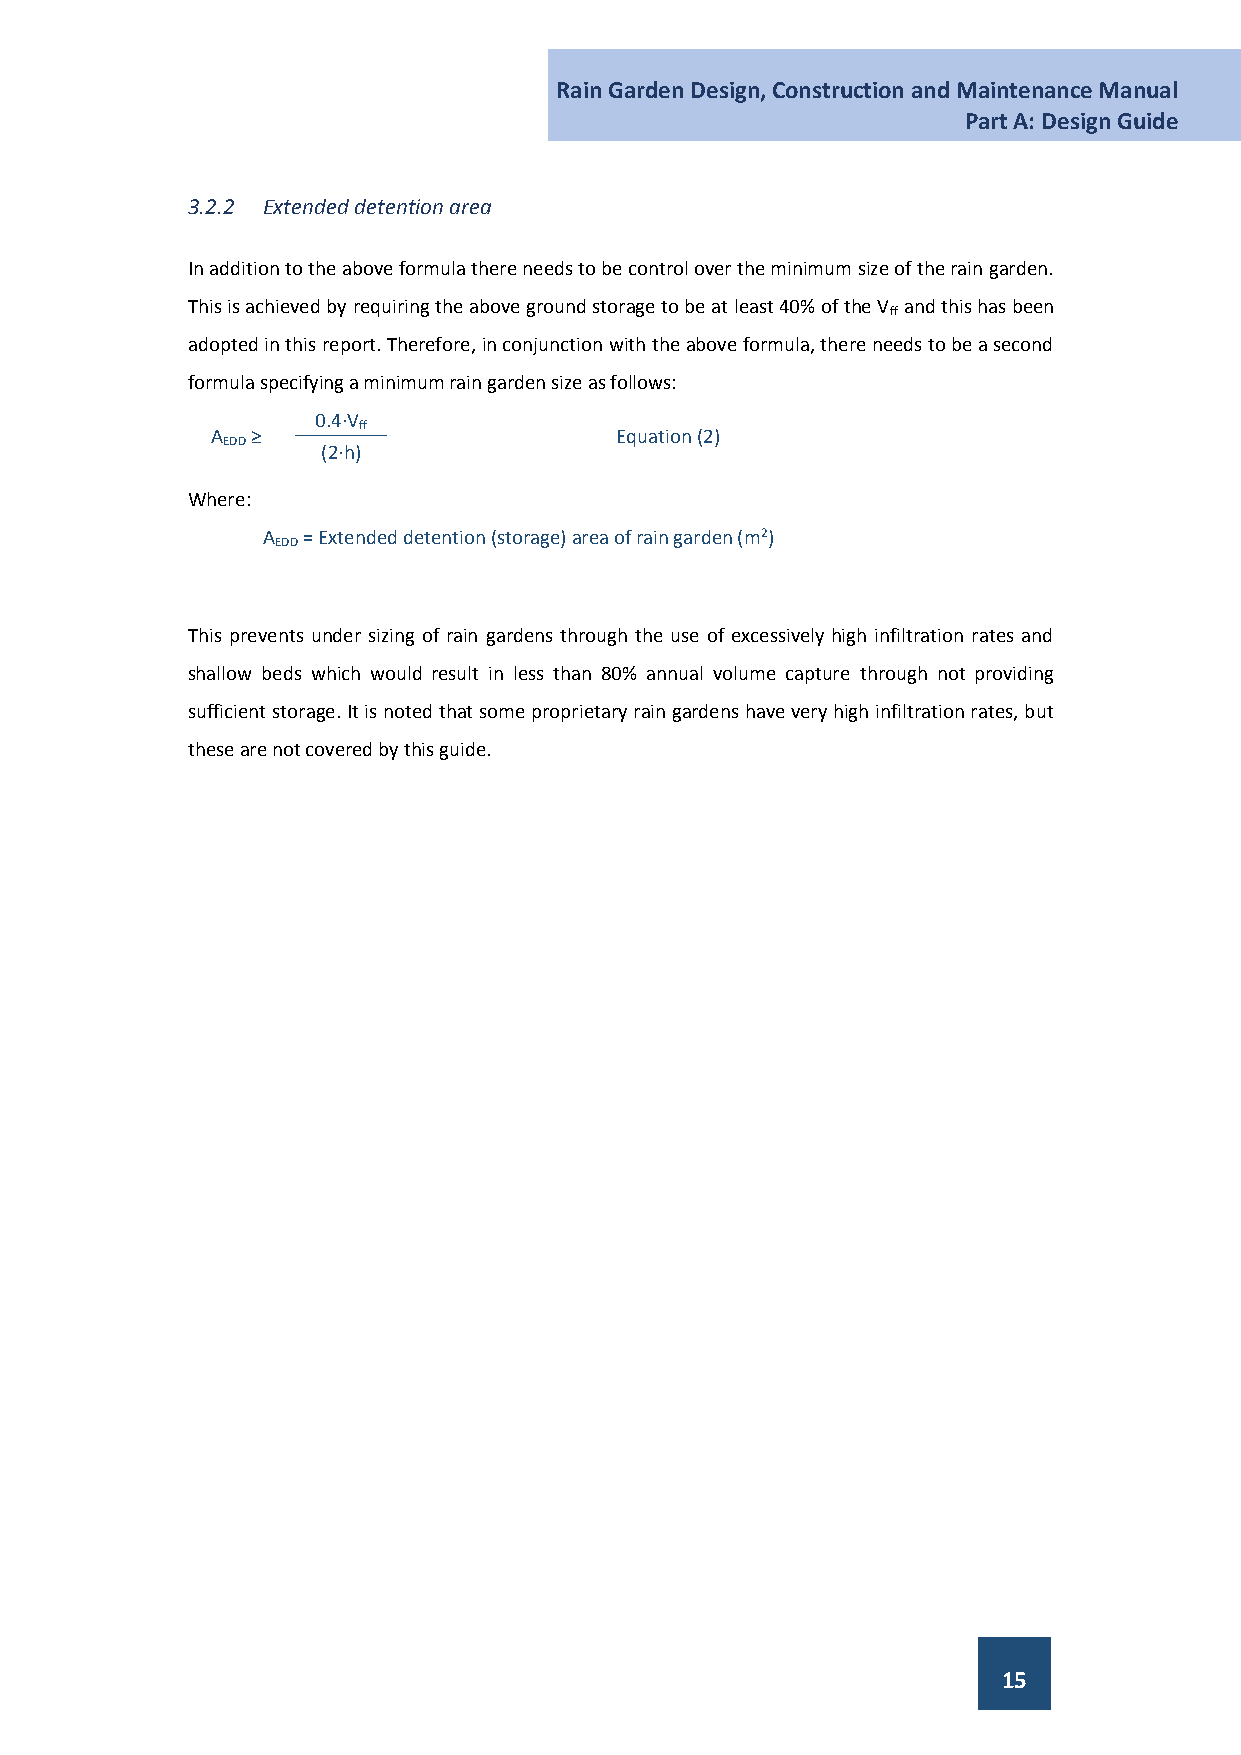
Rain Garden Design, Construction and Maintenance Manual
 Part A: Design Guide
 3.2.2 Extended detention area
 In addition to the above formula there needs to be control over the minimum size of the rain garden.
 This is achieved by requiring the above ground storage to be at least 40% of the V and this has been
 ff
 adopted in this report. Therefore, in conjunction with the above formula, there needs to be a second
 formula specifying a minimum rain garden size as follows:
 0.4·V
 ff
 A EDD ≥ ________________________________________________________________________________________ Equation (2)
 (2·h)
 Where:
 A  = Extended detention (storage) area of rain garden (m2)
 EDD
 This prevents under sizing of rain gardens through the use of excessively high infiltration rates and
 shallow beds which would result in less than 80% annual volume capture through not providing
 sufficient storage. It is noted that some proprietary rain gardens have very high infiltration rates, but
 these are not covered by this guide.
 15